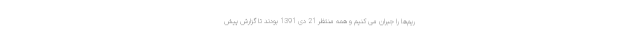
ریم‌ها را جبران می کنیم و همه منتظر 21 دی 1391 بودند تا گزارش پیش